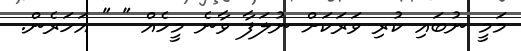
މަމީ ނުބައި ކުރި ވަރަކަށް ނުލަފާ ވާނެ މީހެއް " " އަހަރެން.